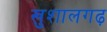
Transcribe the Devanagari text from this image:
खुशालगढ़